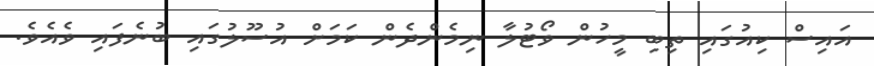
އައިސް ކިއުގައި ތިބި މީހުން ވޯޓުލާ ނިމެންދެން ކަމަށް އުސޫލުގައި ބުނެފައި ވެއެވެ.